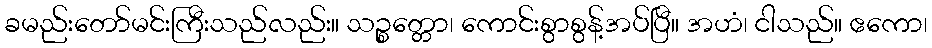
ခမည်းတော်မင်းကြီးသည်လည်း။ သဉ္စတ္တော၊ ကောင်းစွာစွန့်အပ်ပြီ။ အဟံ၊ ငါသည်။ ဧကော၊